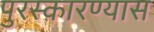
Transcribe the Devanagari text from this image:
पुरस्कारण्यास